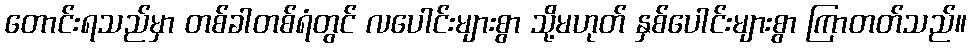
တောင်းရသည်မှာ တစ်ခါတစ်ရံတွင် လပေါင်းများစွာ သို့မဟုတ် နှစ်ပေါင်းများစွာ ကြာတတ်သည်။